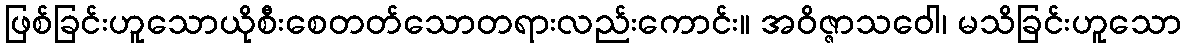
ဖြစ်ခြင်းဟူသောယိုစီးစေတတ်သောတရားလည်းကောင်း။ အဝိဇ္ဇာသဝေါ၊ မသိခြင်းဟူသော